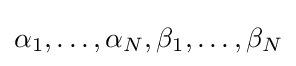
\alpha _{1},\ldots ,\alpha _{N},\beta _{1},\ldots ,\beta _{N}